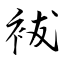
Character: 袚